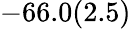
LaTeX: -66.0(2.5)